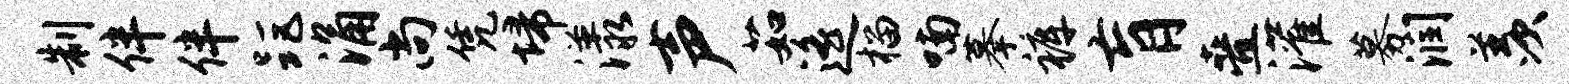
制伴伴距涌尚凭埽漾声茹遥榴喃摹裤肓叠灌募润羡